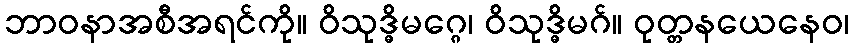
ဘာဝနာအစီအရင်ကို။ ဝိသုဒ္ဓိမဂ္ဂေ၊ ဝိသုဒ္ဓိမဂ်။ ဝုတ္တနယေနေဝ၊